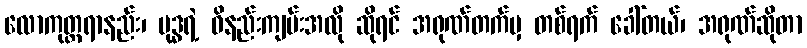
လောကုတ္တရာနည်း၊ ဗုဒ္ဓရဲ့ ဝိနည်းကျမ်းအလို ဆိုရင် အရုဏ်တက်မှ တစ်ရက် ခေါ်တယ်၊ အရုဏ်ဆိုတာ